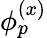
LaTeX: \phi_{p}^{(x)}